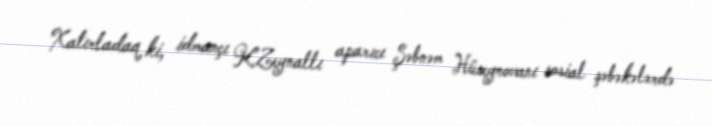
Xatırladaq ki, idmançı K.Zeynallı aparıcı Şəbnəm Hüseynovanı sosial şəbəkələrdə